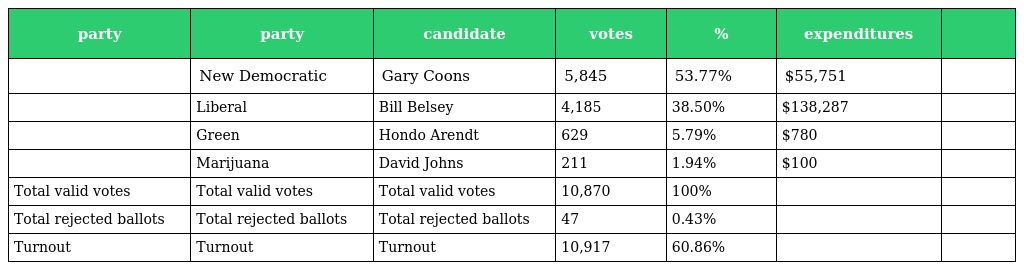
| party | party | candidate | votes | % | expenditures |  |
 | --- | --- | --- | --- | --- | --- | --- |
 |  | New Democratic | Gary Coons | 5,845 | 53.77% | $55,751 |  |
 |  | Liberal | Bill Belsey | 4,185 | 38.50% | $138,287 |  |
 |  | Green | Hondo Arendt | 629 | 5.79% | $780 |  |
 |  | Marijuana | David Johns | 211 | 1.94% | $100 |  |
 | Total valid votes | Total valid votes | Total valid votes | 10,870 | 100% |  |  |
 | Total rejected ballots | Total rejected ballots | Total rejected ballots | 47 | 0.43% |  |  |
 | Turnout | Turnout | Turnout | 10,917 | 60.86% |  |  |